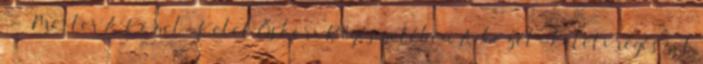
- Mester A Közel-Kelet Őskori Régészetében A közel-keleti régészet